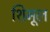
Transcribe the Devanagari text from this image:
शिमूल